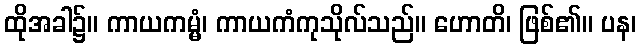
ထိုအခါ၌။ ကာယကမ္မံ၊ ကာယကံကုသိုလ်သည်။ ဟောတိ၊ ဖြစ်၏။ ပန၊